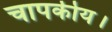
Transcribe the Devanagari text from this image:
चापकीय।